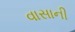
વાસાની